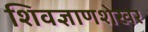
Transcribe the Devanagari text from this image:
शिवज्ञाणशेखर